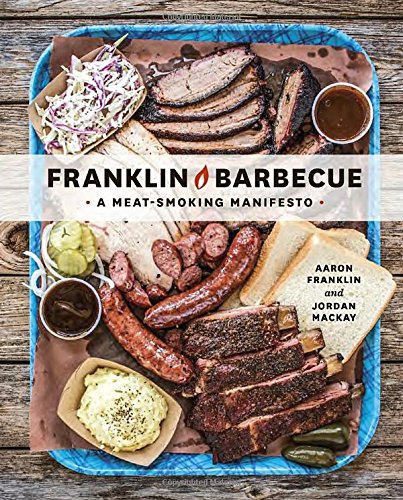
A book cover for Franklin Barbecue: A Meat-Smoking Manifesto; Aaron Franklin; Cookbooks, Food & Wine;